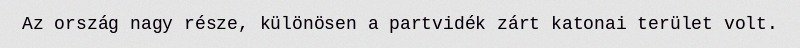
Az ország nagy része, különösen a partvidék zárt katonai terület volt.